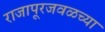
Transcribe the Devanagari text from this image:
राजापूरजवळच्या